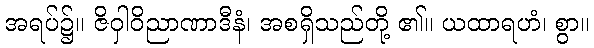
အရပ်၌။ ဇိဝှါဝိညာဏာဒီနံ၊ အစရှိသည်တို့ ၏။ ယထာရဟံ၊ စွာ။